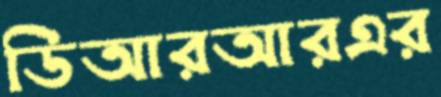
ডিআরআরএর